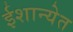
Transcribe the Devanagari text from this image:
ईशान्येत